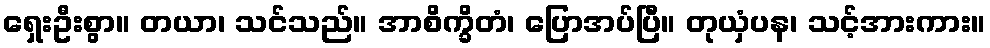
ရှေးဦးစွာ။ တယာ၊ သင်သည်။ အာစိက္ခိတံ၊ ပြောအပ်ပြီ။ တုယှံပန၊ သင့်အားကား။